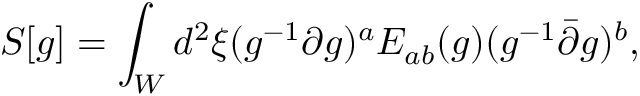
S [ g ] = \int _ { W } d ^ { 2 } \xi ( g ^ { - 1 } \partial g ) ^ { a } E _ { a b } ( g ) ( g ^ { - 1 } \bar { \partial } g ) ^ { b } ,